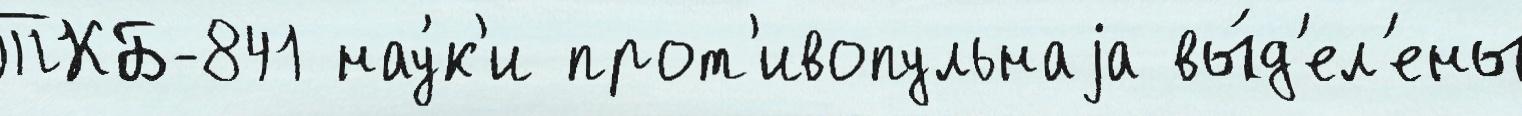
ТКБ-841 нау́к'и прот'ивопульнаjа вы́д'ел'ены